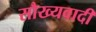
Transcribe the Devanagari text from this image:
सौख्यवादी